Indian Civil Veterinary Department memoirs
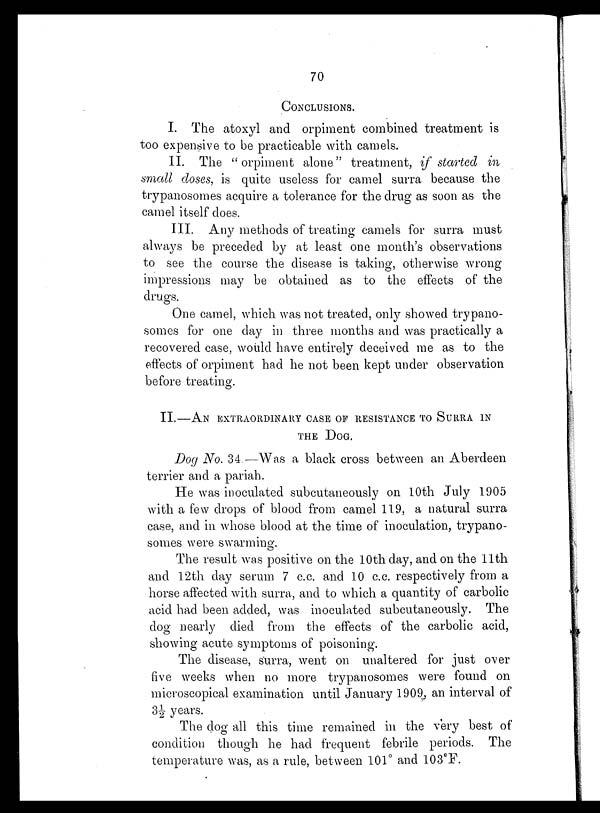
70
CONCLUSIONS.
I. The atoxyl and orpiment combined treatment is
too expensive to be practicable with camels.
II. The "orpiment alone" treatment, if started in
small doses, is quite useless for camel surra because the
trypanosomes acquire a tolerance for the drug as soon as the
camel itself does.
III. Any methods of treating camels for surra must
always be preceded by at least one month's observations
to see the course the disease is taking, otherwise wrong
impressions may be obtained as to the effects of the
drugs.
One camel, which was not treated, only showed trypano-
somes for one day in three months and was practically a
recovered case, would have entirely deceived me as to the
effects of orpiment had he not been kept under observation
before treating.
II.—AN EXTRAORDINARY CASE OF RESISTANCE TO SURRA IN
THE DOG.
Dog No. 34.—Was a black cross between an Aberdeen
terrier and a pariah.
He was inoculated subcutaneously on 10th July 1905
with a few drops of blood from camel 119, a natural surra
case, and in whose blood at the time of inoculation, trypano-
somes were swarming.
The result was positive on the 10th day, and on the 11th
and 12th day serum 7 c.c. and 10 c.c. respectively from a
horse affected with surra, and to which a quantity of carbolic
acid had been added, was inoculated subcutaneously. The
dog nearly died from the effects of the carbolic acid,
showing acute symptoms of poisoning.
The disease, surra, went on unaltered for just over
five weeks when no more trypanosomes were found on
microscopical examination until January 1909, an interval of
3½ years.
The dog all this time remained in the very best of
condition though he had frequent febrile periods. The
temperature was, as a rule, between 101° and 103°F.